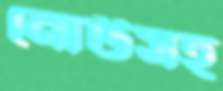
নোটসহ